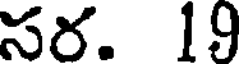
సర. 19